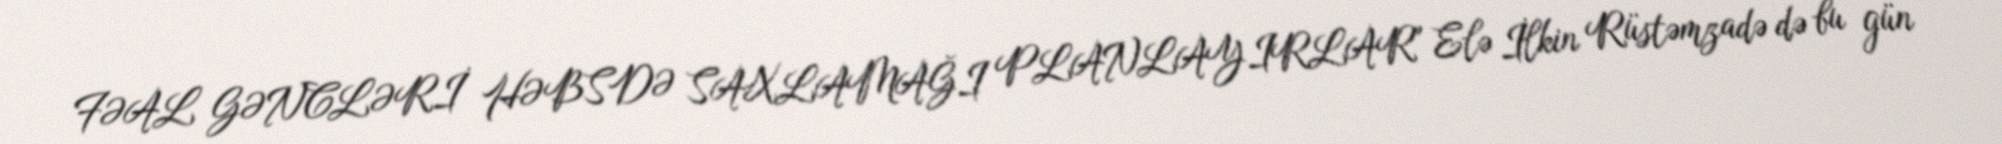
FƏAL GƏNCLƏRİ HƏBSDƏ SAXLAMAĞI PLANLAYIRLAR" Elə İlkin Rüstəmzadə də bu gün -